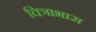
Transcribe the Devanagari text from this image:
चित्राभास